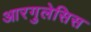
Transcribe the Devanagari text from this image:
आरगुलेसिस